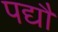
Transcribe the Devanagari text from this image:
पद्यौं